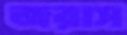
জরাস